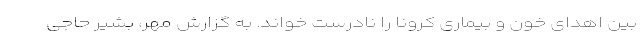
بین اهدای خون و بیماری کرونا را نادرست خواند. به گزارش مهر، بشیر حاجی